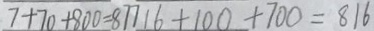
7 + 7 0 + 8 0 0 = 8 7 7 1 6 + 1 0 0 + 7 0 0 = 8 1 6